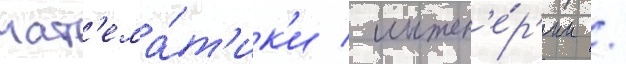
мат'ема́т'ик'и / инжен'е́р'ии /